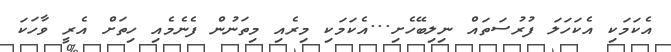
އެކަމަކި އެކަހަލަ ފުރުސަތައް ނިލިބޭހެށި...އެކަމަކި މިރެއި މިތަނުން ފެނެމެއި ހިތަށް އެރީ ވާހަކަ